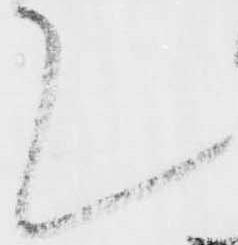
て